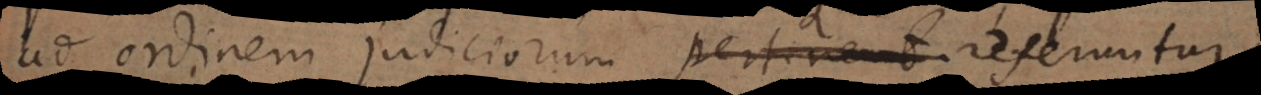
ordinem judiciorum pertinent. referuntur